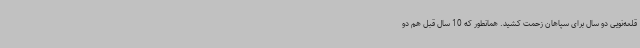
قلعه‌نویی دو سال برای سپاهان زحمت کشید. همانطور که 10 سال قبل هم دو